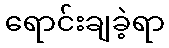
ရောင်းချခဲ့ရာ